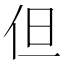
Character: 但